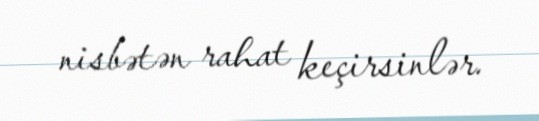
nisbətən rahat keçirsinlər.